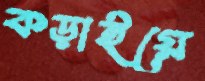
কড়াইয়ে